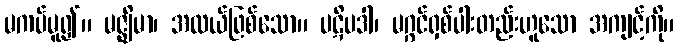
မကပ်မူ၍။ မဇ္ဈိမာ၊ အလယ်ဖြစ်သော။ ပဋိပဒါ၊ မဂ္ဂင်ရှစ်ပါးတည်းဟူသော အကျင့်ကို။